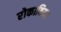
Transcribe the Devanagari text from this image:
रोकावियर